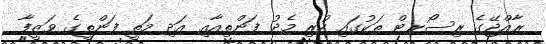
ރާއްޖޭގެ ރިސޯރޓް ތަކުގައި ހުރި މެދު ފަންތިއާއި އަދި މަތީ ފަންތީގެ ވަޒީފާ